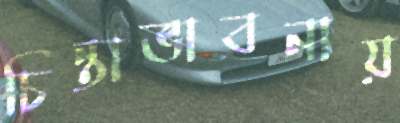
চিন্তাভাবনায়